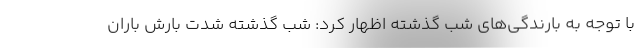
با توجه به بارندگی‌های شب گذشته اظهار کرد: شب گذشته شدت بارش باران